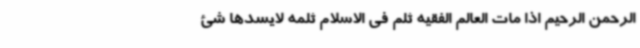
الرحمن الرحیم اذا مات العالم الفقیه ثلم فی الاسلام ثلمه لایسدها شئ